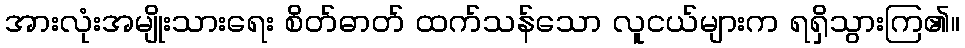
အားလုံးအမျိုးသားရေး စိတ်ဓာတ် ထက်သန်သော လူငယ်များက ရရှိသွားကြ၏။